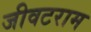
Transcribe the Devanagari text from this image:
जीवटराम